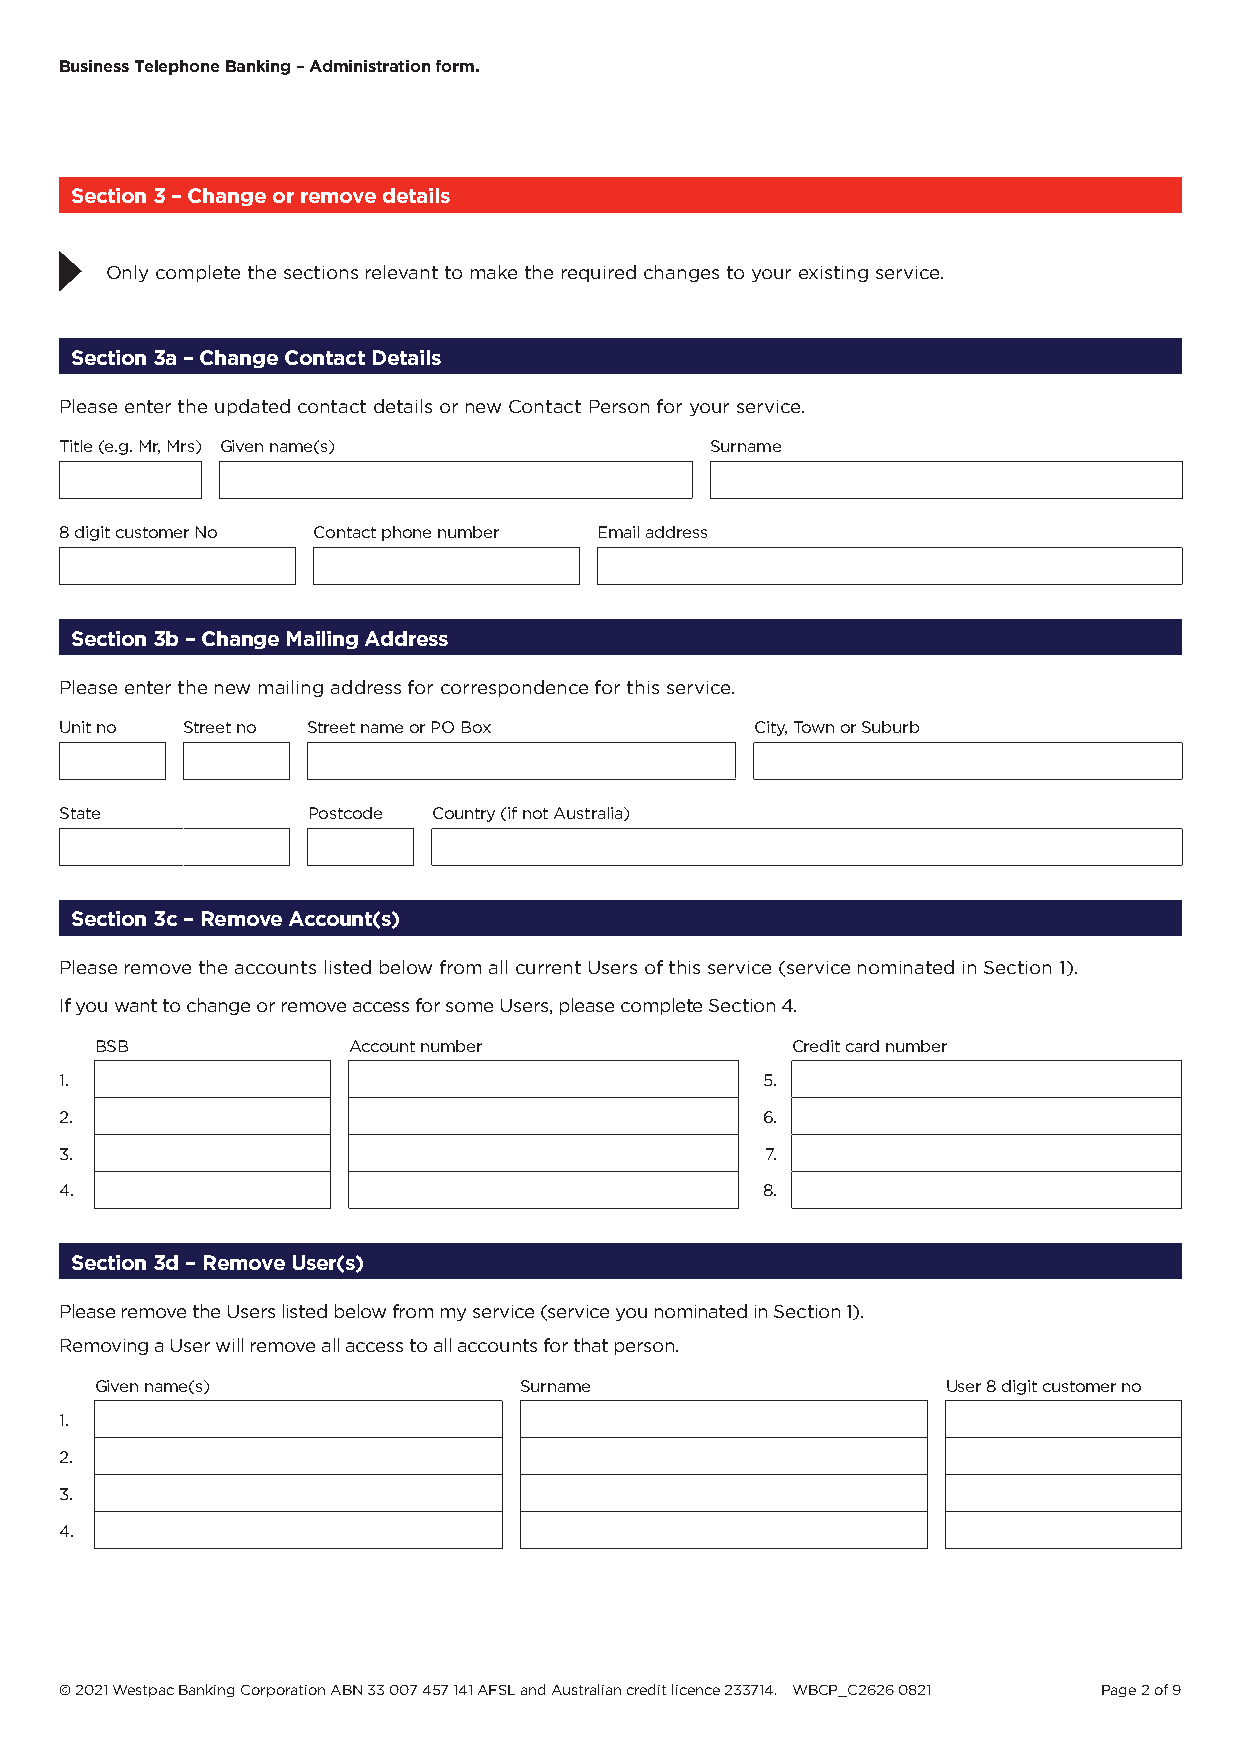
Business Telephone Banking – Administration form.
 Section 3 – Change or remove details
 Only complete the sections relevant to make the required changes to your existing service.
 Section 3a – Change Contact Details
 Please enter the updated contact details or new Contact Person for your service.
 Title (e.g. Mr, Mrs) Given name(s)         Surname
 8 digit customer No Contact phone number Email address
 Section 3b – Change Mailing Address
 Please enter the new mailing address for correspondence for this service.
 Unit no Street no Street name or PO Box       City, Town or Suburb
 State           Postcode Country (if not Australia)
 Section 3c – Remove Account(s)
 Please remove the accounts listed below from all current Users of this service (service nominated in Section 1).
 If you want to change or remove access for some Users, please complete Section 4.
 BSB              Account number               Credit card number
 1.                                            5.
 2.                                            6.
 3.                                             7.
 4.                                            8.
 Section 3d – Remove User(s)
 Please remove the Users listed below from my service (service you nominated in Section 1).
 Removing a User will remove all access to all accounts for that person.
 Given name(s)               Surname                      User 8 digit customer no
 1.
 2.
 3.
 4.
 © 2021 Westpac Banking Corporation ABN 33 007 457 141 AFSL and Australian credit licence 233714. WBCP_C2626 0821 Page 2 of 9